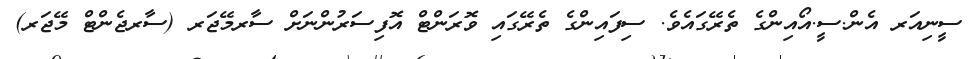
ސީނިއަރ އެން.ސީ.އޯއިންގެ ތެރޭގައެވެ. ސިފައިންގެ ތެރޭގައި ވޮރަންޓް އޮފިސަރުންނަށް ސާރމޭޖަރ (ސާރޖެންޓް މޭޖަރ)